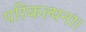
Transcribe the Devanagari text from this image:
परिकल्पना।